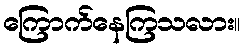
ကြောက်နေကြသလား။